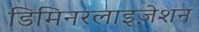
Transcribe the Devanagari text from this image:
डिमिनरलाइज़ेशन